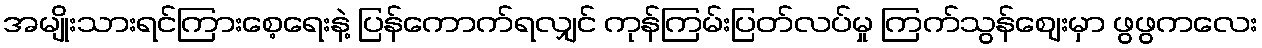
အမျိုးသားရင်ကြားစေ့ရေးနဲ့ ပြန်ကောက်ရလျှင် ကုန်ကြမ်းပြတ်လပ်မှု ကြက်သွန်ဈေးမှာ ဖွဖွကလေး